Proceedings of the meeting of veterinary officers in India
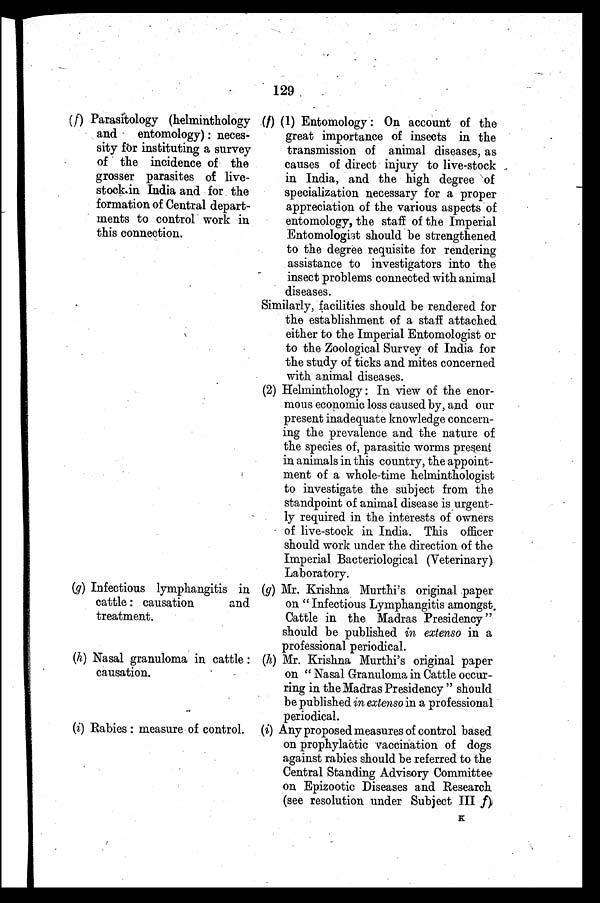
129
(f) Parasitology (helminthology
and
entomology) : neces-
sity for instituting a survey
of the incidence of the
grosser parasites of live-
stock in India and for the
formation of Central depart-
ments to control work in
this connection.
(g) Infectious lymphangitis in
cattle : causation
and
treatment.
(h) Nasal granuloma in cattle :
causation.
(i) Rabies : measure of control.
(f) (1) Entomology : On account of the
great importance of insects in the
transmission of animal diseases, as
causes of direct injury to live-stock
in India, and the high degree of
specialization necessary for a proper
appreciation of the various aspects of
entomology, the staff of the Imperial
Entomologist should be strengthened
to the degree requisite for rendering
assistance to investigators into the
insect problems connected with animal
diseases.
Similarly, facilities should be rendered for
the establishment of a staff attached
either to the Imperial Entomologist or
to the Zoological Survey of India for
the study of ticks and mites concerned
with animal diseases.
(2) Helminthology: In view of the enor-
mous economic loss caused by, and our
present inadequate knowledge concern-
ing the prevalence and the nature of
the species of, parasitic worms present
in animals in this country, the appoint-
ment of a whole-time helminthologist
to investigate the subject from the
standpoint of animal disease is urgent-
ly required in the interests of owners
of live-stock in India. This officer
should work under the direction of the
Imperial Bacteriological (Veterinary)
Laboratory.
(g) Mr. Krishna Murthi's original paper
on "Infectious Lymphangitis amongst.
Cattle in the Madras Presidency"
should be published in extenso in a
professional periodical.
(h) Mr. Krishna Murthi's original paper
on "Nasal Granuloma in Cattle occur-
ring in the Madras Presidency" should
be published in extenso in a professional
periodical.
(i) Any proposed measures of control based
on prophylactic vaccination of dogs
against rabies should be referred to the
Central Standing Advisory Committee
on Epizootic Diseases and Research
(see resolution under Subject III f)
K